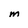
Character: M